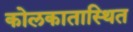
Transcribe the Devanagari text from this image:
कोलकातास्थित